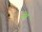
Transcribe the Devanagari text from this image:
सेब्र